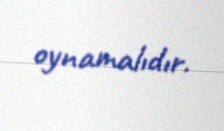
oynamalıdır.